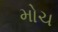
મોચ